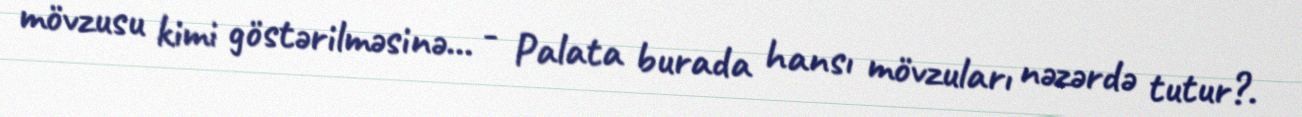
mövzusu kimi göstərilməsinə... - Palata burada hansı mövzuları nəzərdə tutur?.